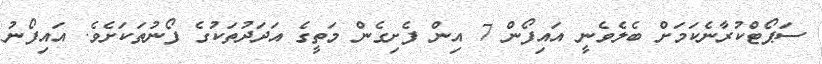
ސަޕޯޓްކުރާނެކަމަށް ބެލެވެނީ އައިފޯން 7 އިން ފެށިގެން މަތީގެ އަދަދުތަކުގެ ފޯނުތަކަށެވެ. އައިފޯނު